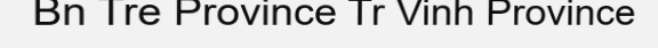
Bn Tre Province Tr Vinh Province